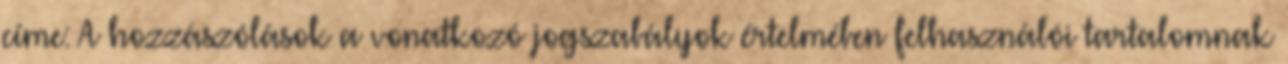
címe: A hozzászólások a vonatkozó jogszabályok értelmében felhasználói tartalomnak